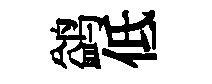
鹢低